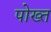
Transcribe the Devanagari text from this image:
पोख्त